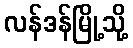
လန်ဒန်မြို့သို့